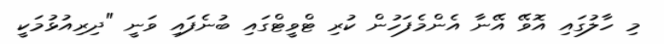
މި ހާލުގައި އޮވޭ އޭނާ އެންމެފަހުން ކުރި ޓްވީޓްގައި ބުނެފައި ވަނީ "ދިރިއުޅުމަކީ